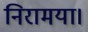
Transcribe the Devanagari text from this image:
निरामया।